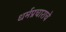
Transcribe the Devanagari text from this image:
धर्मप्रचाराचे